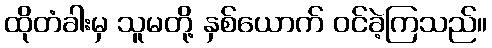
ထိုတံခါးမှ သူမတို့ နှစ်ယောက် ဝင်ခဲ့ကြသည်။